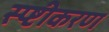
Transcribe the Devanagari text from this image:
स्प्ष्टीकरण